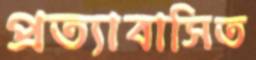
প্রত্যাবাসিত